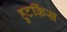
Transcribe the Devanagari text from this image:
हुटकिंस